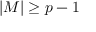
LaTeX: | M | \geq p - 1